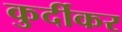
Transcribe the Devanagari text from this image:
कुर्दीकर